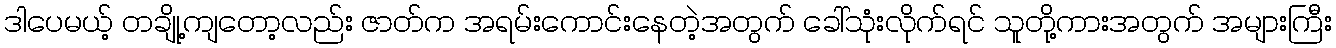
ဒါပေမယ့် တချို့ကျတော့လည်း ဇာတ်က အရမ်းကောင်းနေတဲ့အတွက် ခေါ်သုံးလိုက်ရင် သူတို့ကားအတွက် အများကြီး